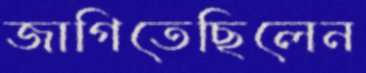
জাগিতেছিলেন